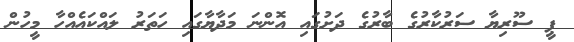
ޕީ ސޫރިޔާ ސަރުކާރުގެ ބާރުގެ ދަށުގައި އޮންނަ މަދާޔާގައި ހަތަރު ލައްކައެއްހާ މީހުން